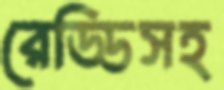
রেড্ডিসহ